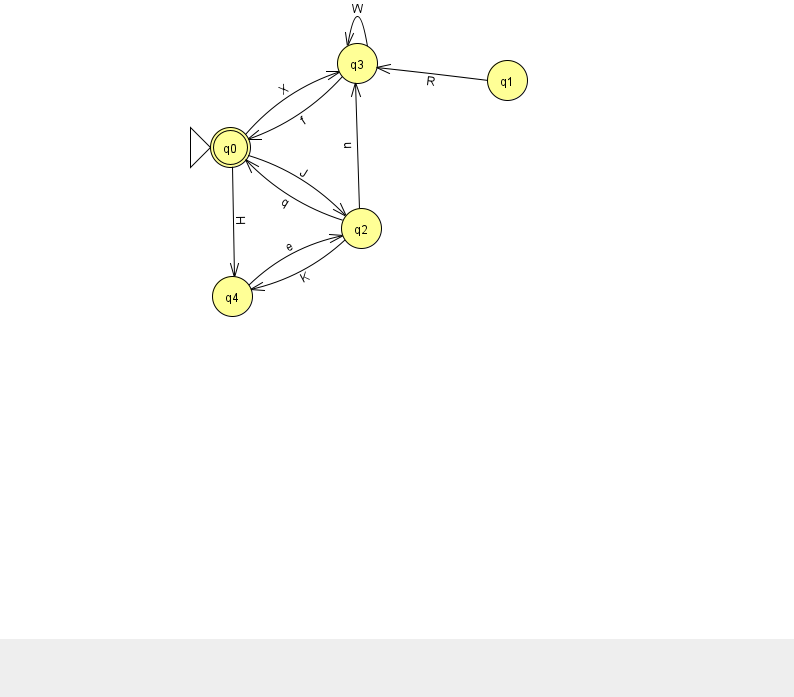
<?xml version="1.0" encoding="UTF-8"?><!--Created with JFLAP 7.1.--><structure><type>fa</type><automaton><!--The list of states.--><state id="0" name="q0"><x>230.0</x><y>134.0</y><initial/><final/></state><state id="1" name="q1"><x>507.0</x><y>67.0</y></state><state id="2" name="q2"><x>361.0</x><y>215.0</y></state><state id="3" name="q3"><x>357.0</x><y>50.0</y></state><state id="4" name="q4"><x>232.0</x><y>283.0</y></state><!--The list of transitions.--><transition><from>2</from><to>3</to><read>u</read></transition><transition><from>3</from><to>0</to><read>f</read></transition><transition><from>4</from><to>2</to><read>e</read></transition><transition><from>2</from><to>0</to><read>q</read></transition><transition><from>3</from><to>3</to><read>W</read></transition><transition><from>0</from><to>2</to><read>J</read></transition><transition><from>0</from><to>3</to><read>X</read></transition><transition><from>0</from><to>4</to><read>H</read></transition><transition><from>2</from><to>4</to><read>K</read></transition><transition><from>1</from><to>3</to><read>R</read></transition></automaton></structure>